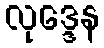
လုဒ္ဒေန